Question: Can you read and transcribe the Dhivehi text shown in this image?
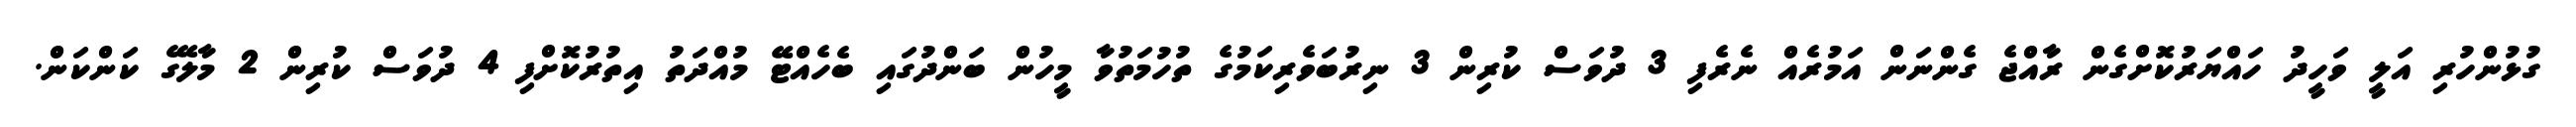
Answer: ގުޅުންހުރި އަލީ ވަހީދު ހައްޔަރުކޮށްގެން ރާއްޖެ ގެންނަން އަމުރެއް ނެރެފި 3 ދުވަސް ކުރިން 3 ނިރުބަވެރިކަމުގެ ތުހުމަތުވާ މީހުން ބަންދުގައި ބެހެއްޓޭ މުއްދަތު އިތުރުކޮށްފި 4 ދުވަސް ކުރިން 2 މާލޭގެ ކަންކަން.